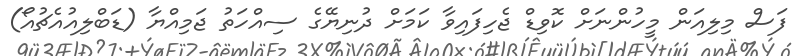
ފަސް މިލިއަން މީހުންނަށް ކޮވިޑް ޖެހިފައިވާ ކަމަށް ދުނިޔޭގެ ސިއްހަތު ޖަމިއްޔާ (ޑަބްލިއުއެޗުއޯ)